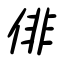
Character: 俳